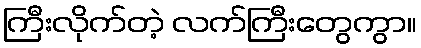
ကြီးလိုက်တဲ့ လက်ကြီးတွေကွာ။